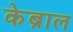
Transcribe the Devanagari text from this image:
केब्राल